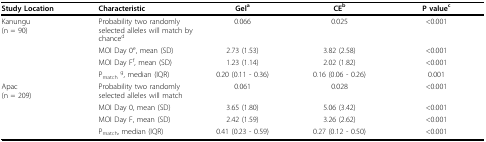
<table><thead><tr><td><b>Study Location</b></td><td><b>Characteristic</b></td><td><b>Gel<sup>a</sup></b></td><td><b>CE<sup>b</sup></b></td><td><b>P value<sup>c</sup></b></td></tr></thead><tbody><tr><td>Kanungu(n = 90)</td><td>Probability two randomly selected alleles will match by chance<sup>d</sup></td><td>0.066</td><td>0.025</td><td>&lt;0.001</td></tr><tr><td></td><td>MOI Day 0<sup>e</sup>, mean (SD)</td><td>2.73 (1.53)</td><td>3.82 (2.58)</td><td>&lt;0.001</td></tr><tr><td></td><td>MOI Day F<sup>f</sup>, mean (SD)</td><td>1.23 (1.14)</td><td>2.02 (1.82)</td><td>&lt;0.001</td></tr><tr><td></td><td>P<sub>match </sub><sup>g</sup>, median (IQR)</td><td>0.20 (0.11 - 0.36)</td><td>0.16 (0.06 - 0.26)</td><td>0.001</td></tr><tr><td>Apac(n = 209)</td><td>Probability two randomly selected alleles will match</td><td>0.061</td><td>0.028</td><td>&lt;0.001</td></tr><tr><td></td><td>MOI Day 0, mean (SD)</td><td>3.65 (1.80)</td><td>5.06 (3.42)</td><td>&lt;0.001</td></tr><tr><td></td><td>MOI Day F, mean (SD)</td><td>2.42 (1.59)</td><td>3.26 (2.62)</td><td>&lt;0.001</td></tr><tr><td></td><td>P<sub>match</sub>, median (IQR)</td><td>0.41 (0.23 - 0.59)</td><td>0.27 (0.12 - 0.50)</td><td>&lt;0.001</td></tr></tbody></table>